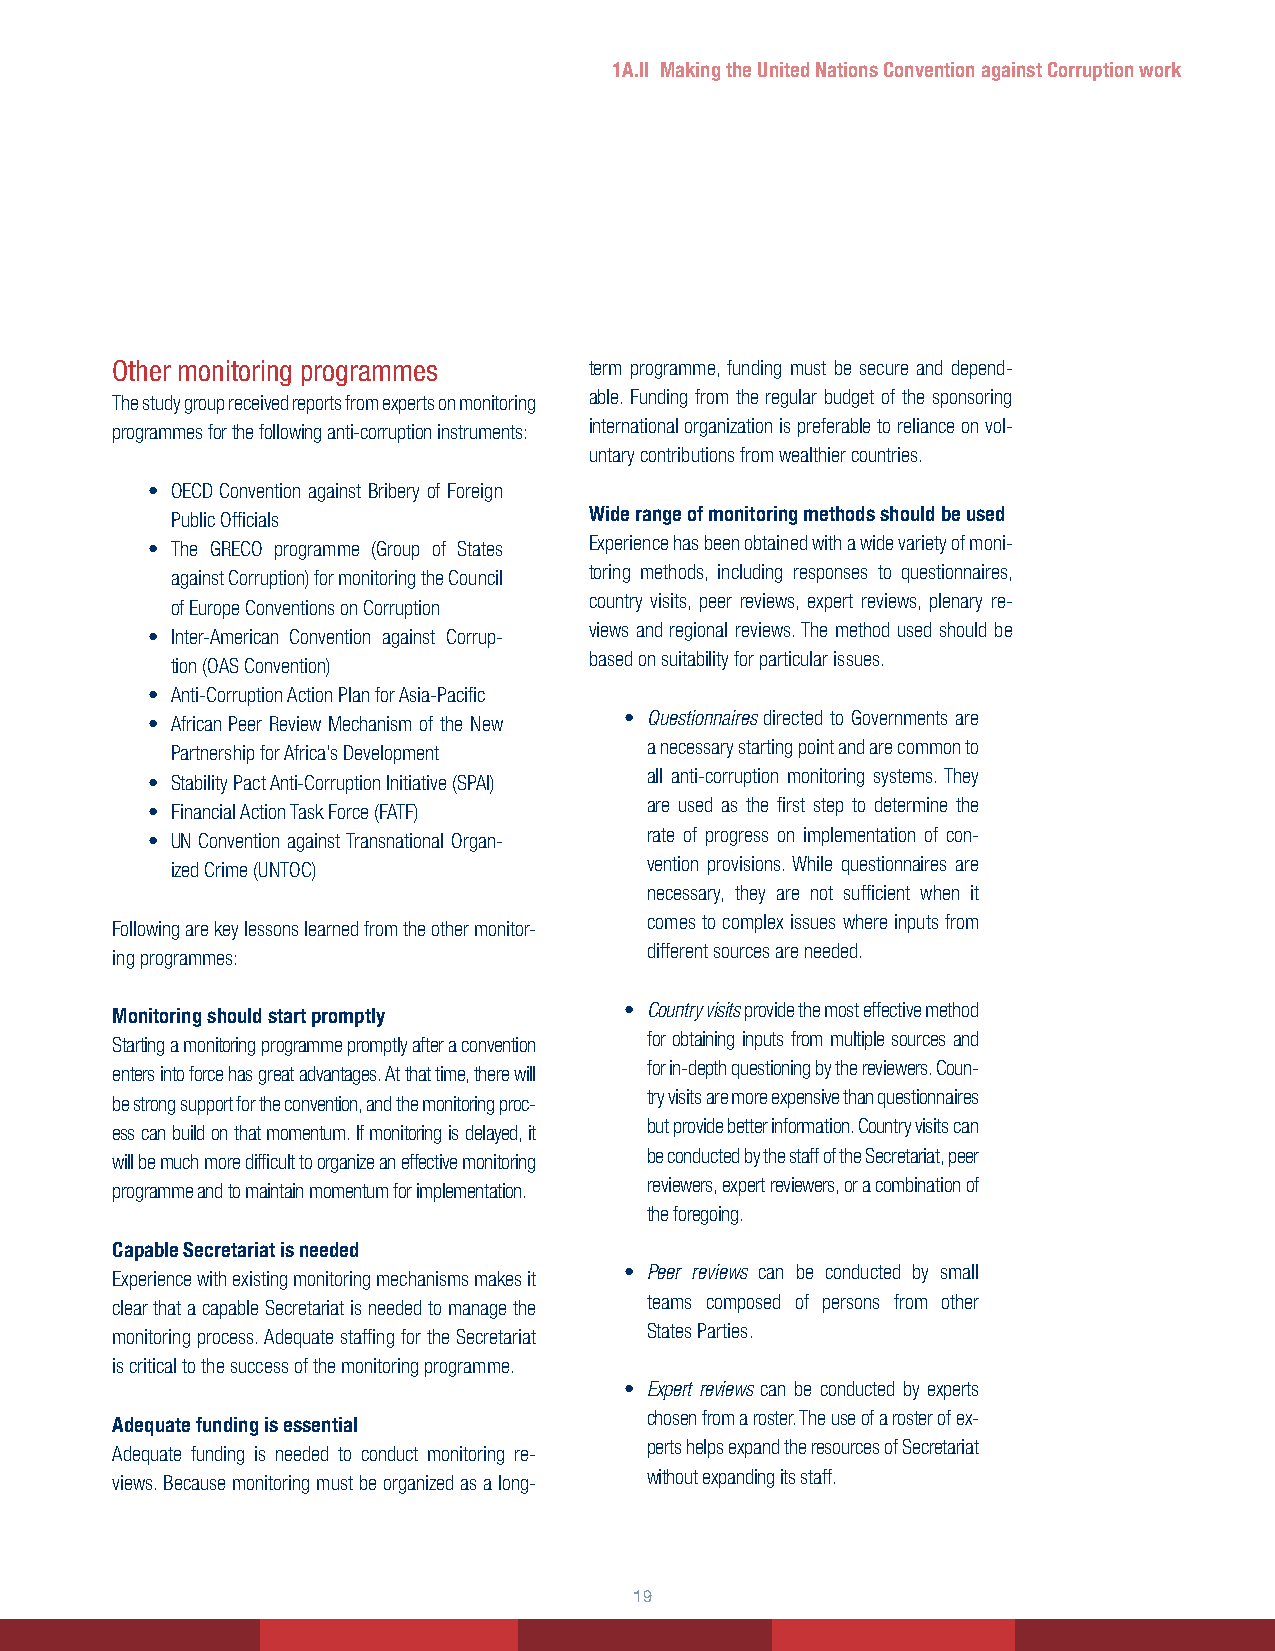
1A.II Making the United Nations Convention against Corruption work
 Other monitoring programmes     term programme, funding must be secure and depend-
 able. Funding from the regular budget of the sponsoring
 The study group received reports from experts on monitoring
 international organization is preferable to reliance on vol-
 programmes for the following anti-corruption instruments:
 untary contributions from wealthier countries.
 • OECD Convention against Bribery of Foreign
 Public Officials            Wide range of monitoring methods should be used
 Experience has been obtained with a wide variety of moni-
 • The GRECO programme (Group of States
 toring methods, including responses to questionnaires,
 against Corruption) for monitoring the Council
 country visits, peer reviews, expert reviews, plenary re-
 of Europe Conventions on Corruption
 views and regional reviews. The method used should be
 • Inter-American Convention against Corrup-
 based on suitability for particular issues.
 tion (OAS Convention)
 • Anti-Corruption Action Plan for Asia-Pacific
 • Questionnaires directed to Governments are
 • African Peer Review Mechanism of the New
 a necessary starting point and are common to
 Partnership for Africa’s Development
 all anti-corruption monitoring systems. They
 • Stability Pact Anti-Corruption Initiative (SPAI)
 are used as the first step to determine the
 • Financial Action Task Force (FATF)
 rate of progress on implementation of con-
 • UN Convention against Transnational Organ-
 vention provisions. While questionnaires are
 ized Crime (UNTOC)
 necessary, they are not sufficient when it
 comes to complex issues where inputs from
 Following are key lessons learned from the other monitor-
 different sources are needed.
 ing programmes:
 • Country visits provide the most effective method
 Monitoring should start promptly
 for obtaining inputs from multiple sources and
 Starting a monitoring programme promptly after a convention
 for in-depth questioning by the reviewers. Coun-
 enters into force has great advantages. At that time, there will
 try visits are more expensive than questionnaires
 be strong support for the convention, and the monitoring proc-
 but provide better information. Country visits can
 ess can build on that momentum. If monitoring is delayed, it
 be conducted by the staff of the Secretariat, peer
 will be much more difficult to organize an effective monitoring
 reviewers, expert reviewers, or a combination of
 programme and to maintain momentum for implementation.
 the foregoing.
 Capable Secretariat is needed
 • Peer reviews can be conducted by small
 Experience with existing monitoring mechanisms makes it
 teams composed of persons from other
 clear that a capable Secretariat is needed to manage the
 States Parties.
 monitoring process. Adequate staffing for the Secretariat
 is critical to the success of the monitoring programme.
 • Expert reviews can be conducted by experts
 chosen from a roster. The use of a roster of ex-
 Adequate funding is essential
 perts helps expand the resources of Secretariat
 Adequate funding is needed to conduct monitoring re-
 without expanding its staff.
 views. Because monitoring must be organized as a long-
 1